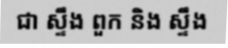
ជា ស្ទឹង ពួក និង ស្ទឹង